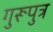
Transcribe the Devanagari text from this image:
गुरूपुत्र